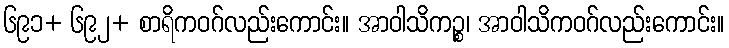
၆၉၁+ ၆၉၂+ စာရိကဝဂ်လည်းကောင်း။ အာဝါသိကဉ္စ၊ အာဝါသိကဝဂ်လည်းကောင်း။